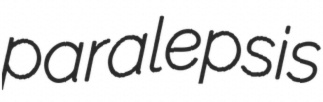
paralepsis